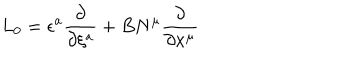
LaTeX: L _ { 0 } = \epsilon ^ { a } \frac { \partial } { \partial \xi ^ { a } } + B N ^ { \mu } \frac { \partial } { \partial x ^ { \mu } }